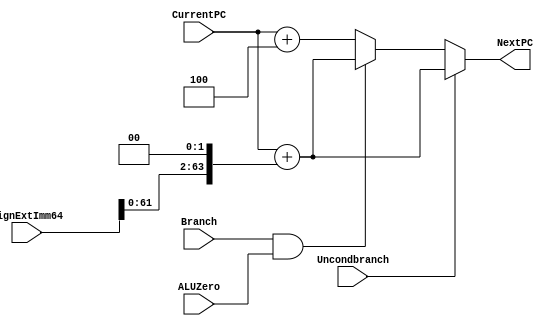
`timescale 1ns / 1ps

module NextPClogic(NextPC, CurrentPC, SignExtImm64, Branch, ALUZero, Uncondbranch); 
   input [63:0] CurrentPC, SignExtImm64; 
   input 	Branch, ALUZero, Uncondbranch; 
   
   output reg [63:0] NextPC; 

   // when uncondbranch, directly add the SignExtImm64 to the CurrentPC
   // when Branch is conditional and when the ALU input is also 1, you will take the branch and the next PC will be calculated by adding the SignExtImm64 to the CurrentPC
   // when neither, increment PC by 4

   always @(*) begin
        if (Uncondbranch) begin NextPC = CurrentPC + (SignExtImm64 << 2); end
        else if (Branch && ALUZero) begin NextPC = CurrentPC + (SignExtImm64 << 2); end
        else begin NextPC = CurrentPC + 4; end
   end

endmodule